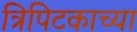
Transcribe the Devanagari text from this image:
त्रिपिटकाच्या